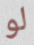
لو